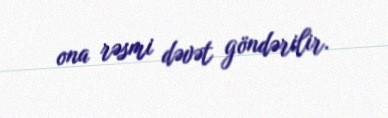
ona rəsmi dəvət göndərilir.